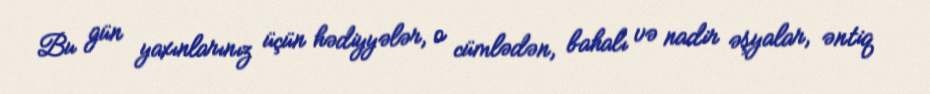
Bu gün yaxınlarınız üçün hədiyyələr, o cümlədən, bahalı və nadir əşyalar, əntiq